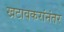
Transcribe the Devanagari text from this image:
खटावकरांनंतर